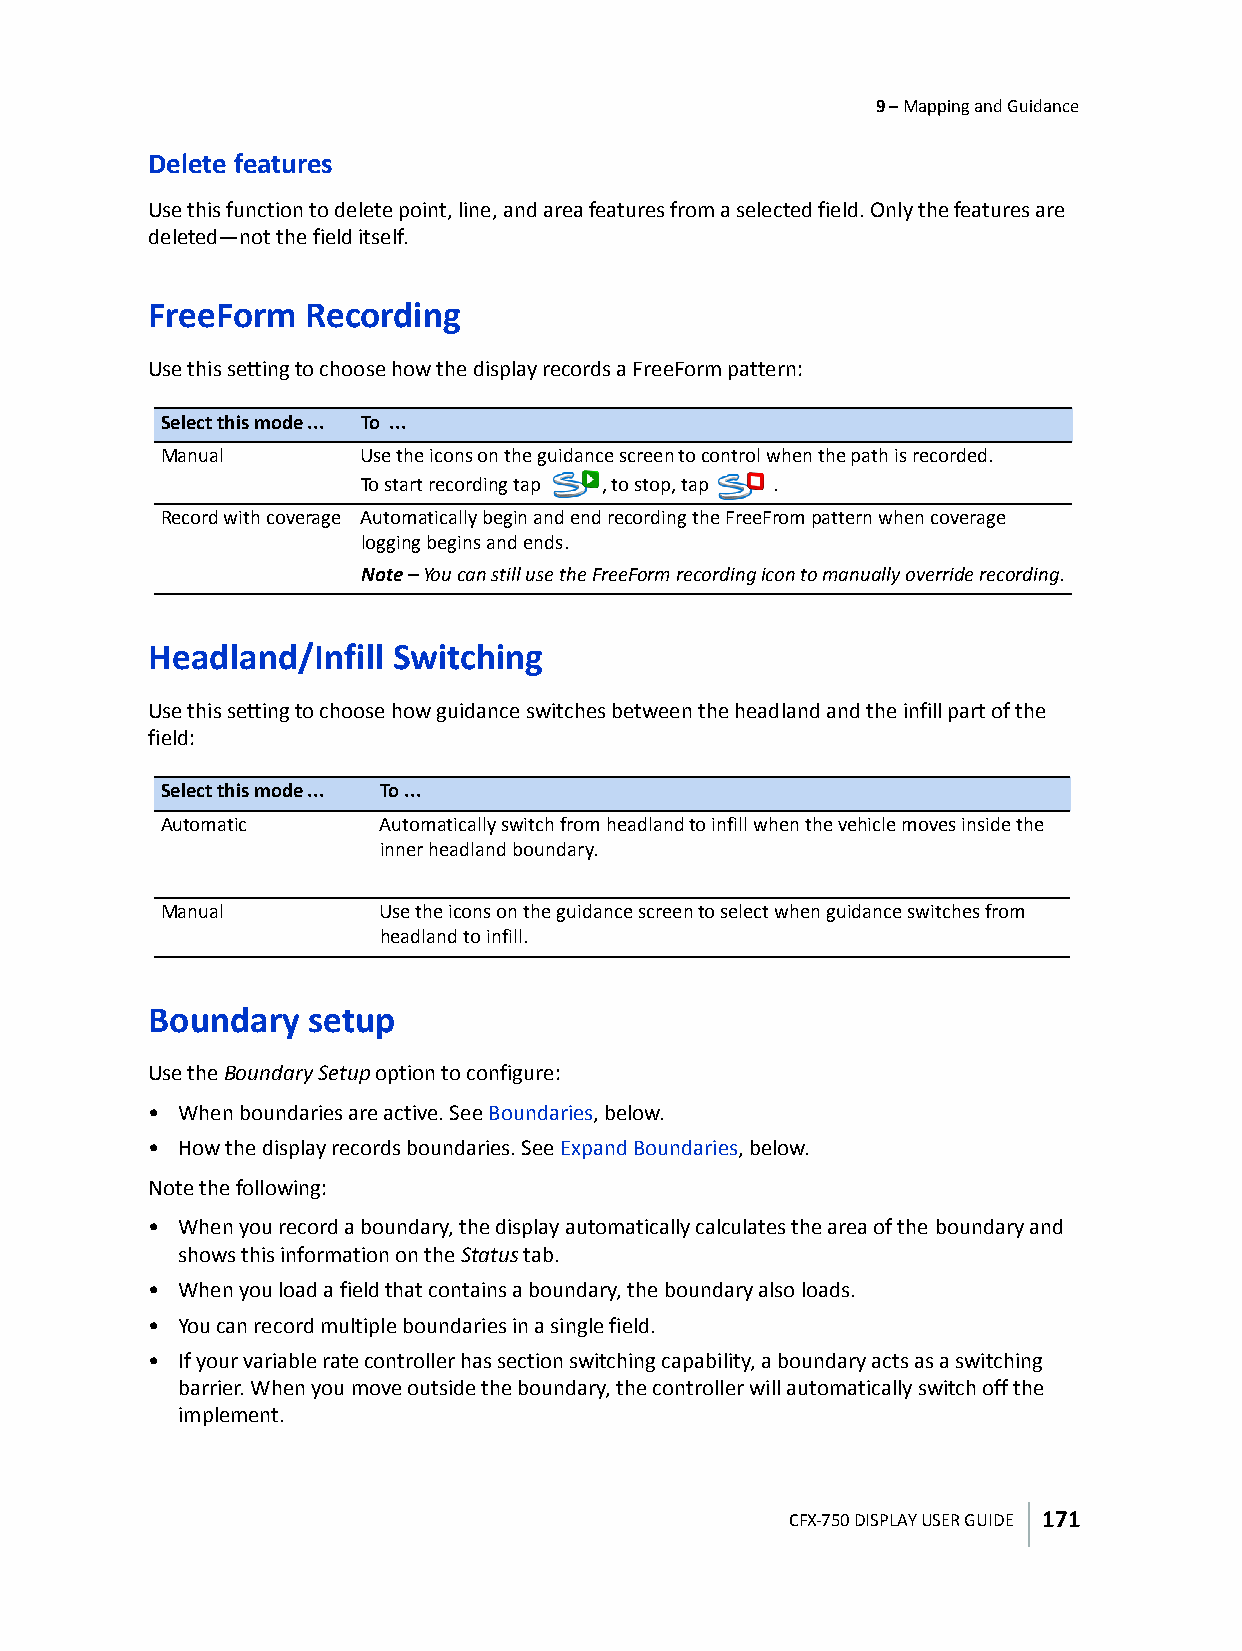
9 – Mapping and Guidance
 Delete features
 Use this function to delete point, line, and area features from a selected field. Only the features are
 deleted—not the field itself.
 FreeForm  Recording
 Use this setting to choose how the display records a FreeForm pattern:
 Select this mode ... To ...
 Manual       Use the icons on the guidance screen to control when the path is recorded.
 To start recording tap , to stop, tap .
 Record with coverage Automatically begin and end recording the FreeFrom pattern when coverage
 logging begins and ends.
 Note – You can still use the FreeForm recording icon to manually override recording.
 Headland/Infill Switching
 Use this setting to choose how guidance switches between the headland and the infill part of the
 field:
 Select this mode ... To ...
 Automatic     Automatically switch from headland to infill when the vehicle moves inside the
 inner headland boundary.
 Manual        Use the icons on the guidance screen to select when guidance switches from
 headland to infill.
 Boundary   setup
 Use the Boundary Setup option to configure:
 • When boundaries are active. See Boundaries, below.
 • How the display records boundaries. See Expand Boundaries, below.
 Note the following:
 • When you record a boundary, the display automatically calculates the area of the boundary and
 shows this information on the Status tab.
 • When you load a field that contains a boundary, the boundary also loads.
 • You can record multiple boundaries in a single field.
 • If your variable rate controller has section switching capability, a boundary acts as a switching
 barrier. When you move outside the boundary, the controller will automatically switch off the
 implement.
 CFX-750 DISPLAY USER GUIDE 171